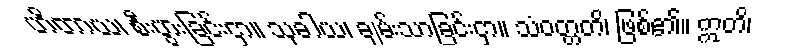
ဟိတာယ၊ စီးပွားခြင်းငှာ။ သုခါယ၊ ချမ်းသာခြင်းငှာ။ သံဝတ္တတိ၊ ဖြစ်၏။ ဣတိ၊